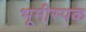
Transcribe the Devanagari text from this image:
भूमीस्पक